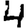
Digit: 4